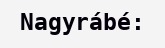
Nagyrábé: